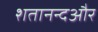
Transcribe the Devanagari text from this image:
शतानन्दऔर